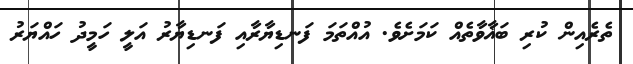
ތެރެއިން ކުރި ބަޣާވާތެއް ކަމަށެވެ. އުއްތަމަ ފަނޑިޔާރާއި ފަނޑިޔާރު އަލީ ހަމީދު ހައްޔަރު